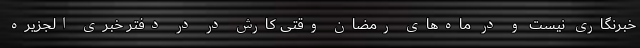
خبرنگاری نیست و در ماه‌های رمضان وقتی کارش در در دفتر خبری الجزیره